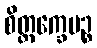
စိတ္တက္ခေပဉ္စ